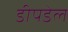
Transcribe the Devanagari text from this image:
डीपडेल